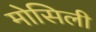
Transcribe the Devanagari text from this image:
मोसिली